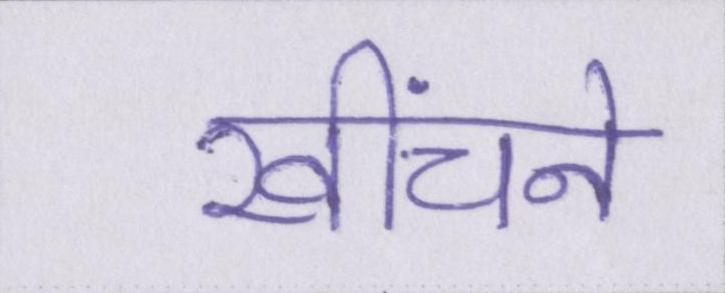
खींचने